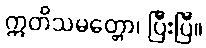
ဣတိသမတ္တော၊ ပြီးပြီ။